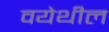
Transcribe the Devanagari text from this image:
वयेथील